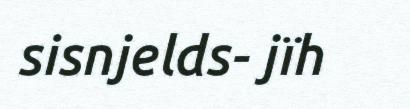
sisnjelds- jïh